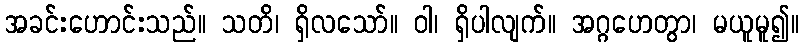
အခင်းဟောင်းသည်။ သတိ၊ ရှိလသော်။ ဝါ၊ ရှိပါလျက်။ အဂ္ဂဟေတွာ၊ မယူမူ၍။